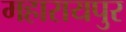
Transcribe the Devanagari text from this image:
महारायपुर